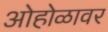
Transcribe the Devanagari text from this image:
ओहोळावर